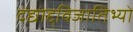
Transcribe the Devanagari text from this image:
दद्याद्द्विजातिभ्यो